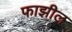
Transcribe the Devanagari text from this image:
फाझील